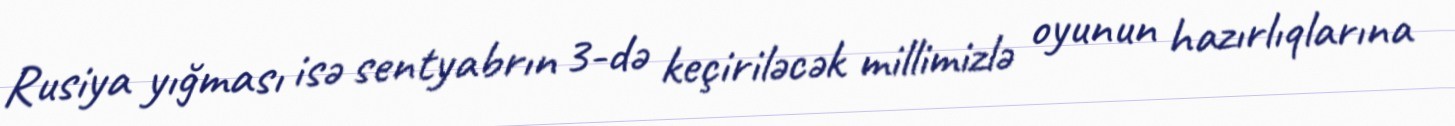
Rusiya yığması isə sentyabrın 3-də keçiriləcək millimizlə oyunun hazırlıqlarına